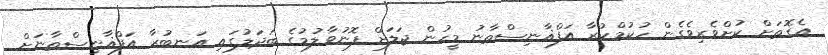
އެގޮތަށް ކުށްވެރިވެގެން ހުކުމްކުރާ އަފްޣާނިސްތާނު މީހުން ޖަލަށް ފޮނުވާލުމުގެ ބަދަލުގައި އަނބުރާ އަފްޣާނިސްތާނަށް